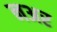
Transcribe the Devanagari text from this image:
नअर